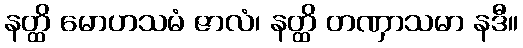
နတ္ထိ မောဟသမံ ဇာလံ၊ နတ္ထိ တဏှာသမာ နဒီ။